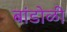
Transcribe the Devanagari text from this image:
बांडोळी